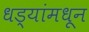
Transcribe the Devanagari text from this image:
धड्यांमधून